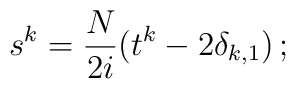
s^k=\frac{N}{2i}(t^k-2\delta_{k,1}) \,;